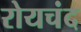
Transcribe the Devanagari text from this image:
रोयचंद